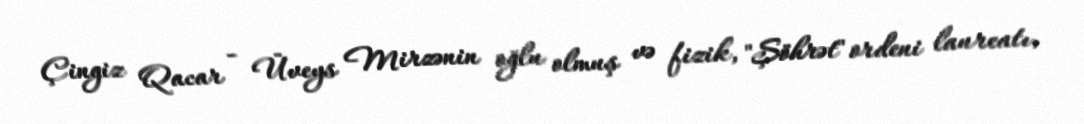
Çingiz Qacar - Üveys Mirzənin oğlu olmuş və fizik, "Şöhrət" ordeni laureatı,